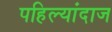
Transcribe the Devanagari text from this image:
पहिल्यांदाज